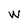
Character: w